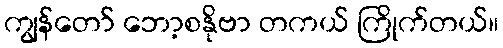
ကျွန်တော် ဘော့စနိုဗာ တကယ် ကြိုက်တယ်။